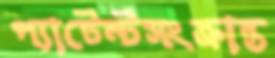
প্যাটেন্টসংক্রান্ত